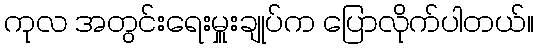
ကုလ အတွင်းရေးမှူးချုပ်က ပြောလိုက်ပါတယ်။